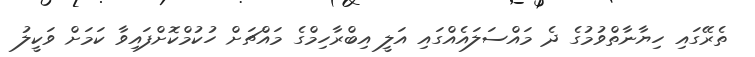
ތެރޭގައި ހިޔާނާތްވުމުގެ ދެ މައްސަލައެއްގައި އަލީ އިބްރާހިމްގެ މައްޗަށް ހުކުމްކޮށްފައިވާ ކަމަށް ވަކީލު